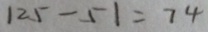
1 2 5 - 5 1 = 7 4